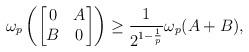
LaTeX: \begin{align*}\omega_{p}\left(\begin{bmatrix}0 & A \\B & 0\end{bmatrix}\right)\geq \frac{1}{2^{1-\frac{1}{p}}}\omega_{p}(A+B),\end{align*}